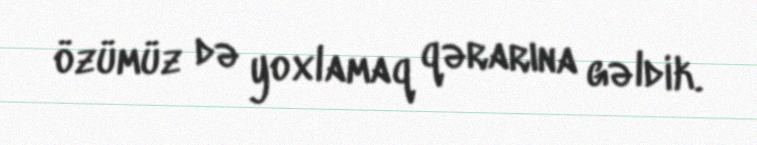
özümüz də yoxlamaq qərarına gəldik.